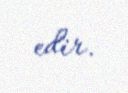
edir.